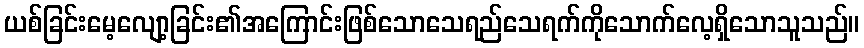
ယစ်ခြင်းမေ့လျော့ခြင်း၏အကြောင်းဖြစ်သောသေရည်သေရက်ကိုသောက်လေ့ရှိသောသူသည်။